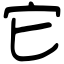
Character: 它